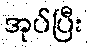
အုပ်ပြီး